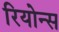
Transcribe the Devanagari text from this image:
रियोन्स